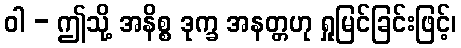
ဝါ - ဤသို့ အနိစ္စ ဒုက္ခ အနတ္တဟု ရှုမြင်ခြင်းဖြင့်၊